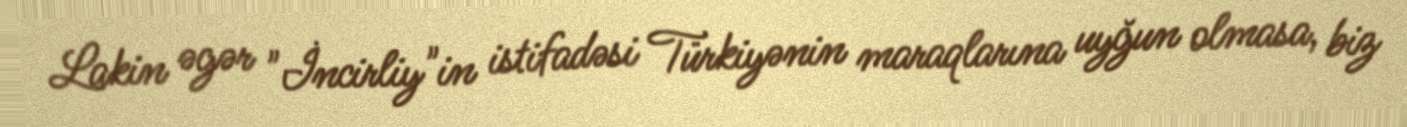
Lakin əgər "İncirliy"in istifadəsi Türkiyənin maraqlarına uyğun olmasa, biz